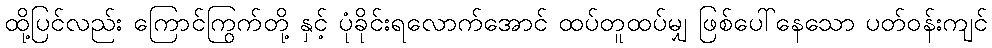
ထို့ပြင်လည်း ကြောင်ကြွက်တို့ နှင့် ပုံခိုင်းရလောက်အောင် ထပ်တူထပ်မျှ ဖြစ်ပေါ်နေသော ပတ်ဝန်းကျင်